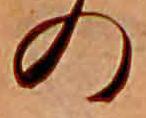
の